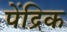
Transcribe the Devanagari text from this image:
पेंद्रिक